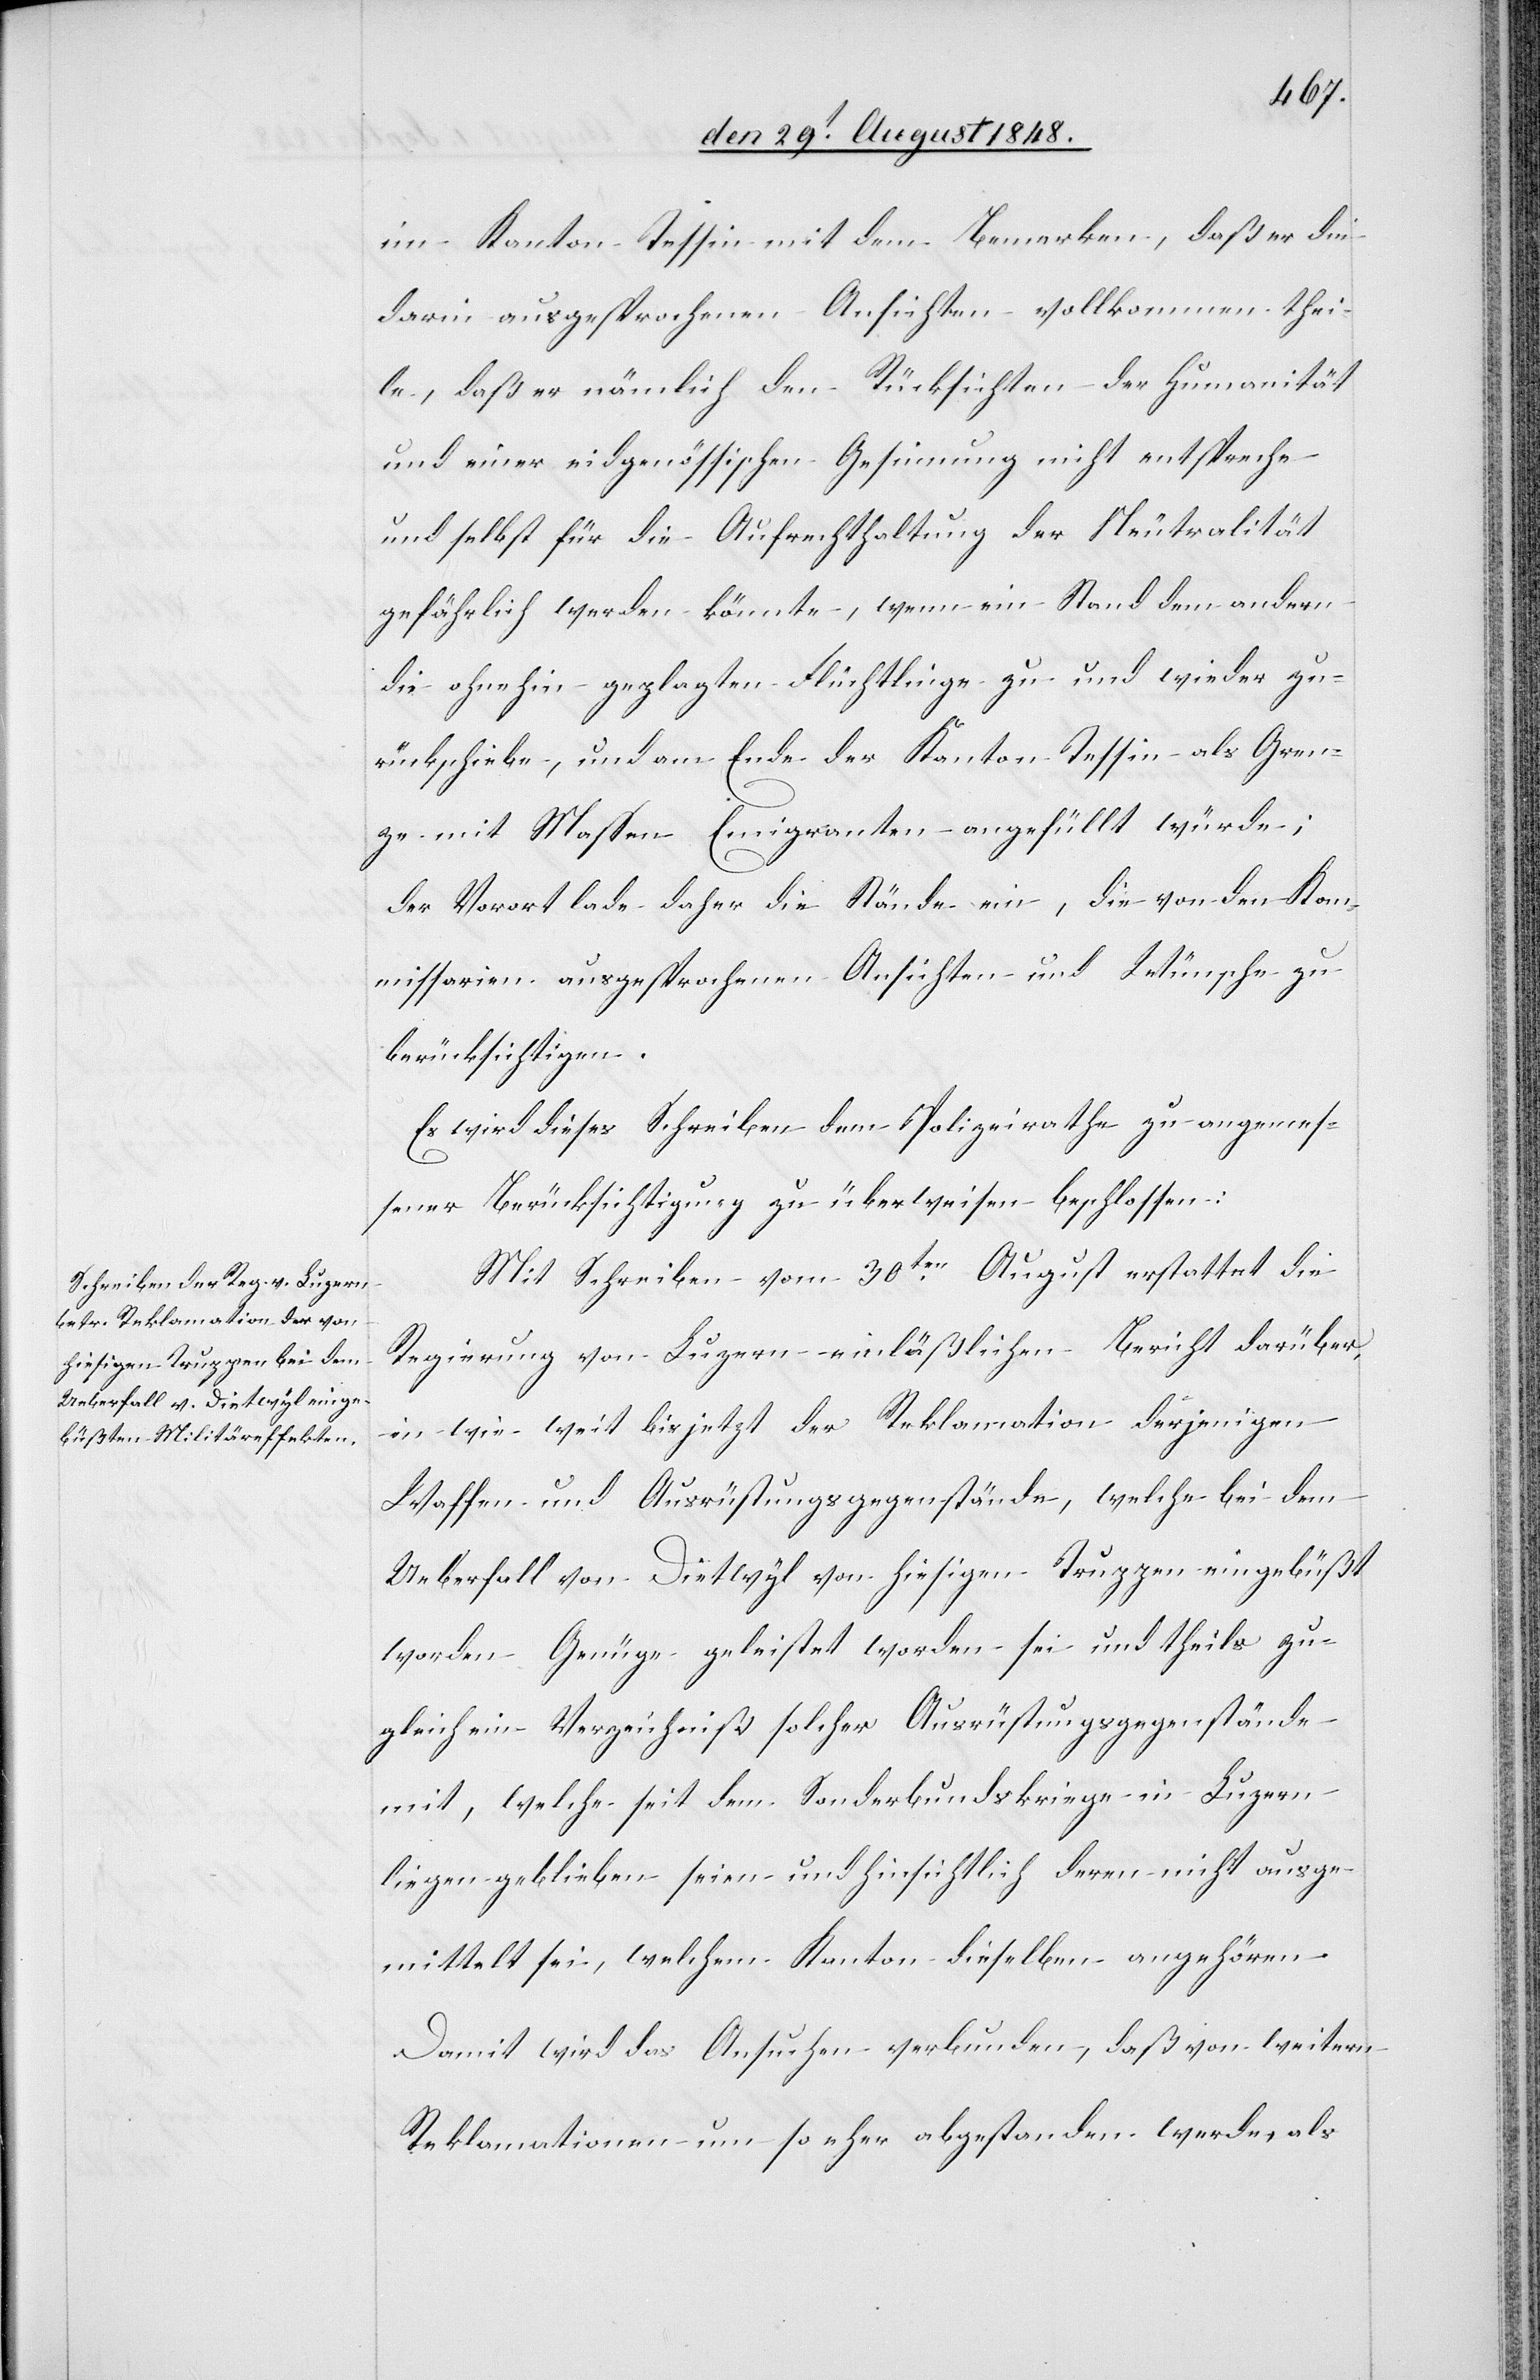
im Kanton Tessin mit dem Bemerken, daß er die
darin ausgesprochenen Ansichten vollkommen thei¬
le, daß er nämlich den Rücksichten der Humanität
und einer eidgenössischen Gesinnung nicht entspreche
und selbst für die Aufrechthaltung der Neutralität
gefährlich werden könnte, wenn ein Stand dem andern
die ohnehin geplagten Flüchtlinge zu und wieder zu¬
rückschiebe, und am Ende der Kanton Tessin als Gren¬
ze mit Massen Emigranten angefüllt würde;
der Vorort lade daher die Stände ein, die von den Kom¬
missarien ausgesprochenen Ansichten und Wünsche zu
berücksichtigen.
Es wird dieses Schreiben dem Polizeirathe zu angemes¬
sener Berücksichtigung zu überweisen beschlossen.
Mit Schreiben vom 30ten August erstattet die
Regierung von Luzern einläßlichen Bericht darüber,
in wie weit bis jetzt der Reklamation derjenigen
Waffen und Ausrüstungsgegenstände, welche bei dem
Ueberfall von Dietwyl von hiesigen Truppen eingebüßt
worden Genüge geleistet worden sei und theils zu¬
gleich ein Verzeichniß solcher Ausrüstungsgegenstände
mit, welche seit dem Sonderbundskriege in Luzern
liegen geblieben seien und hinsichtlich deren nicht ausge¬
mittelt sei, welchem Kanton dieselben angehören.
Damit wird das Ansuchen verbunden, daß von weitern
Reklamationen um so eher abgestanden werde, als